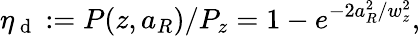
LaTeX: \eta_{\mathrm{~d~}}:=P(z,a_{R})/P_{z}=1-e^{-2a_{R}^{2}/w_{z}^{2}},